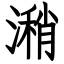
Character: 潲